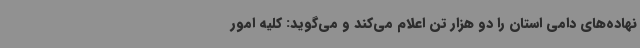
نهاده‌های دامی استان را دو هزار تن اعلام می‌کند و می‌گوید: کلیه امور